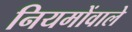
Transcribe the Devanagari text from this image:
नियमोंवाले